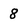
Character: 8